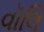
વૉલિ